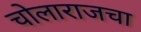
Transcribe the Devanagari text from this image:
चोलाराजचा